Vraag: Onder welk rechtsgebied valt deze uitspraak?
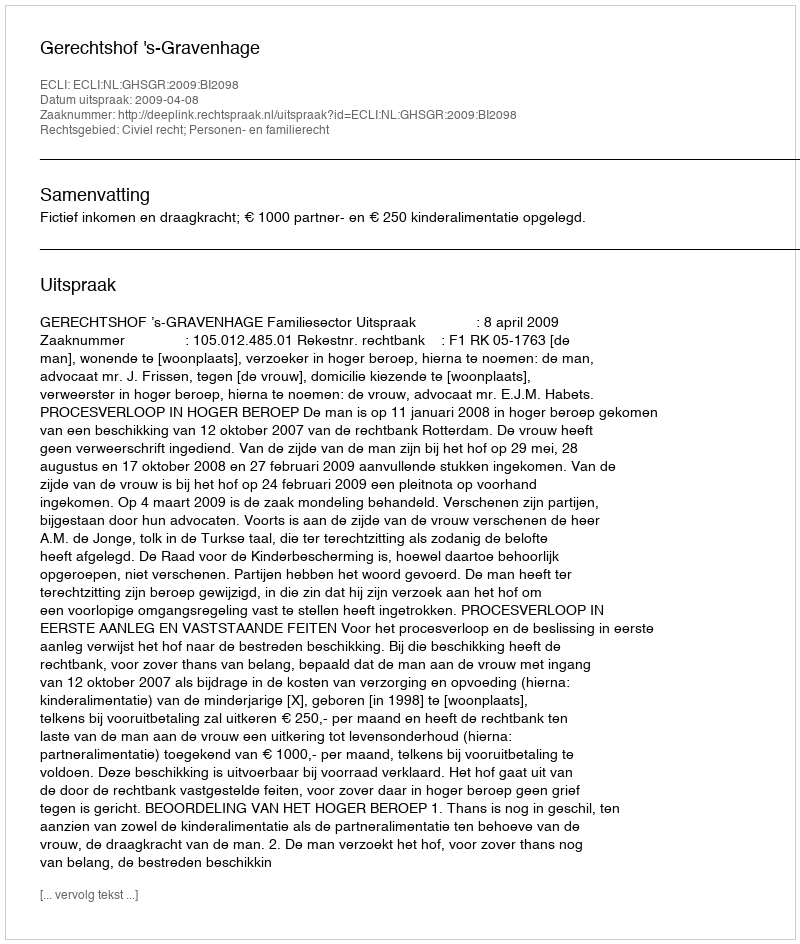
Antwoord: Civiel recht; Personen- en familierecht